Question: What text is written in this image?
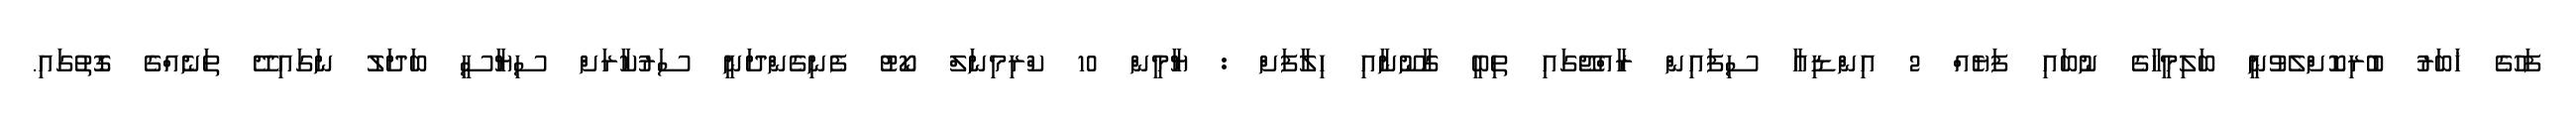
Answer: ފަހުގެ ޚަބަރު ބުރިކޮށްލެވުނީ ބަލިމީހާގެ ނުބައި ފަޔެއް 2 އިންޑިއާ ސިފައިން ރާއްޖޭގައި ތިބީ ގާނޫނާއި ހިލާފަށް : ޔާމީން 10 ކްރިމިނަލް ކޯޓު ފެނިގެންދަނީ ސަރުކާރަށް ސިޔާސީ ބަދަލު ނަގައިދޭ ތަނެއްގެ ގޮތުގައި.